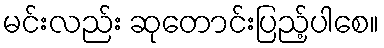
မင်းလည်း ဆုတောင်းပြည့်ပါစေ။